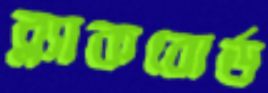
ব্ল্যাকবোর্ড